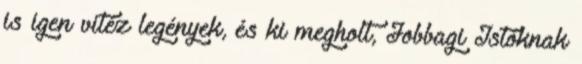
is igen vitéz legények, és ki megholt, Jobbagi Istóknak